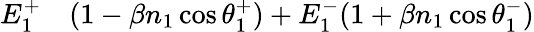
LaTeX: \begin{array}{rl}{E_{1}^{+}}&{{}(1-\beta n_{1}\cos\theta_{1}^{+})+E_{1}^{-}(1+\beta n_{1}\cos\theta_{1}^{-})}\end{array}